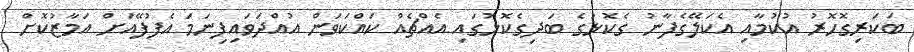
ބަކަރިގޮހޮރު އުކުމާއި އެކަލޭގެފާނު ގެކޮޅުގެ ބަދިގެކޮޅުގައި އެއްޗެއް ކައްކަވަން އުއްދަވައިފިނަމަ އެފުފޭއަށް އަމާޒުކޮށް